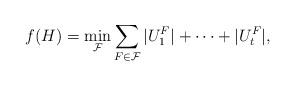
LaTeX: \begin{align*}f(H) = \min_{\mathcal{F}} \sum_{F \in \mathcal{F}} |U^F_1|+ \cdots + |U^F_t|,\end{align*}